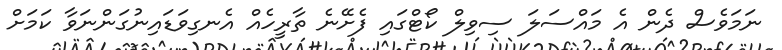
ނަމަވެސް ދެން އެ މައްސަލަ ސިވިލް ކޯޓްގައި ފެށޭނެ ތާރީހެއް އެނގިވަޑައިނުގަންނަވާ ކަމަށް